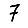
Digit: 7